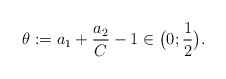
\begin{align*} \theta:=a_1+\frac{a_2}{C}-1\in\bigl(0;\frac{1}{2}\bigr).\end{align*}